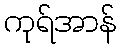
ကုရ်အာန်